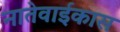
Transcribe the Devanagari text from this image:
नातेवाईकास